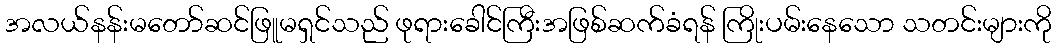
အလယ်နန်းမတော်ဆင်ဖြူမရှင်သည် ဖုရားခေါင်ကြီးအဖြစ်ဆက်ခံရန် ကြိုးပမ်းနေသော သတင်းများကို